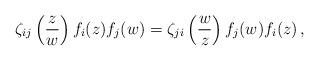
LaTeX: \begin{align*} \zeta_{ij}\left(\frac{z}{w}\right)f_i(z)f_j(w)=\zeta_{ji}\left(\frac{w}{z}\right)f_j(w)f_i(z) \,,\end{align*}